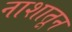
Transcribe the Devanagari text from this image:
नाशातून